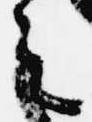
之